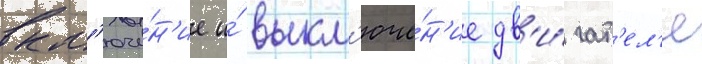
вкл'юче́н'ие и́ выкл'юче́н'ие дв'и́гат'ел'я